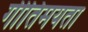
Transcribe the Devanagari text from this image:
गीतिमयता